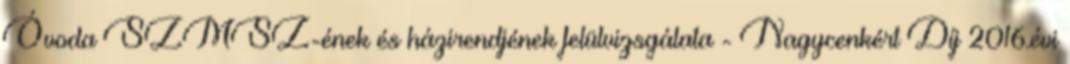
Óvoda SZMSZ-ének és házirendjének felülvizsgálata - Nagycenkért Díj 2016.évi